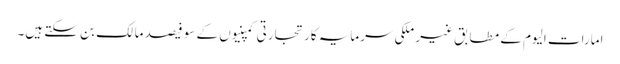
امارات الیوم کے مطابق غیر ملکی سرمایہ کار تجارتی کمپنیوں کے سو فیصد مالک بن سکتے ہیں۔